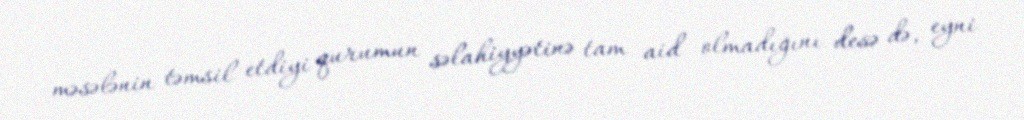
məsələnin təmsil etdiyi qurumun səlahiyyətinə tam aid olmadığını desə də, eyni